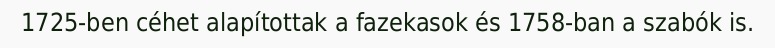
1725-ben céhet alapítottak a fazekasok és 1758-ban a szabók is.